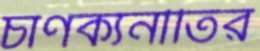
চাণক্যনীতির